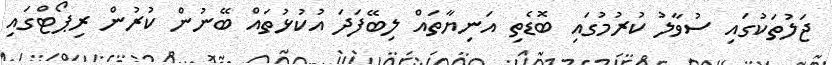
ޖަލުތަކުގައި ސުވާލު ކުރުމުގައި ބޮޑެތި އަނިޔާތައް ލިބޭފަދަ އުކުޅުތައް ބޭނުން ކުރުން ރިޕޯޓްގައި